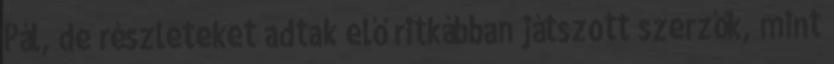
Pál, de részleteket adtak elő ritkábban játszott szerzők, mint